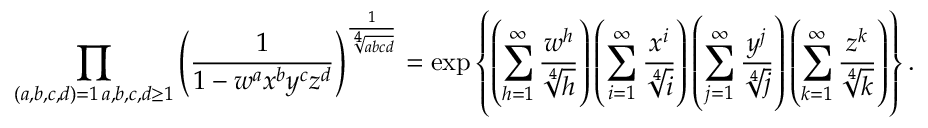
\prod _ { \substack { ( a , b , c , d ) = 1 \, a , b , c , d \geq 1 } } \left( \frac { 1 } { 1 - w ^ { a } x ^ { b } y ^ { c } z ^ { d } } \right) ^ { \frac { 1 } { \sqrt [ 4 ] { a b c d } } } = \exp \left\{ \left( \sum _ { h = 1 } ^ { \infty } \frac { w ^ { h } } { \sqrt [ 4 ] { h } } \right) \left( \sum _ { i = 1 } ^ { \infty } \frac { x ^ { i } } { \sqrt [ 4 ] { i } } \right) \left( \sum _ { j = 1 } ^ { \infty } \frac { y ^ { j } } { \sqrt [ 4 ] { j } } \right) \left( \sum _ { k = 1 } ^ { \infty } \frac { z ^ { k } } { \sqrt [ 4 ] { k } } \right) \right\} .